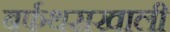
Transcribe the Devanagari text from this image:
बर्फथराखाली